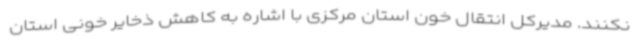
نکنند. مدیرکل انتقال خون استان مرکزی با اشاره به کاهش ذخایر خونی استان